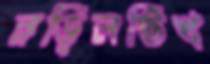
নড়িলভিখ